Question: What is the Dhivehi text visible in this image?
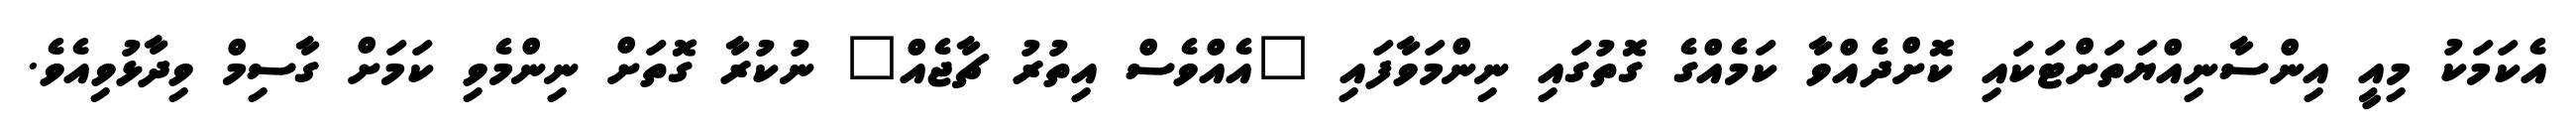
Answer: އެކަމަކު މިއީ އިންސާނިއްޔަތަށްޓަކައި ކޮށްދެއްވާ ކަމެއްގެ ގޮތުގައި ނިންމަވާފައި "އެއްވެސް އިތުރު ޗާޖެއް" ނުކުރާ ގޮތަށް ނިންމެވި ކަމަށް ގާސިމް ވިދާޅުވިއެވެ.